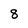
Character: 8